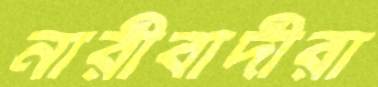
নারীবাদীরা